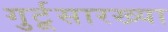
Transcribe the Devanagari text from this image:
गुर्टूसारख्या